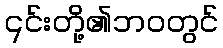
၎င်းတို့၏ဘဝတွင်